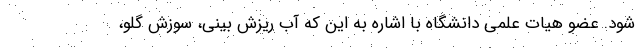
شود. عضو هیات علمی دانشگاه با اشاره به این که آب ریزش بینی، سوزش گلو،